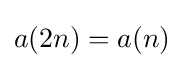
a(2n)=a(n)